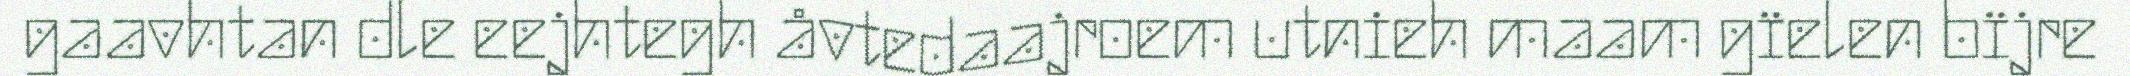
gaavhtan dle eejhtegh åvtedaajroem utnieh maam gïelen bïjre